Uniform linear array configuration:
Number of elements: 16
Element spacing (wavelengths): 0.5
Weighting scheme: cosine
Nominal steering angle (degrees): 60
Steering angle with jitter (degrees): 60.857
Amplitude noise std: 0.05
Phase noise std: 0.05

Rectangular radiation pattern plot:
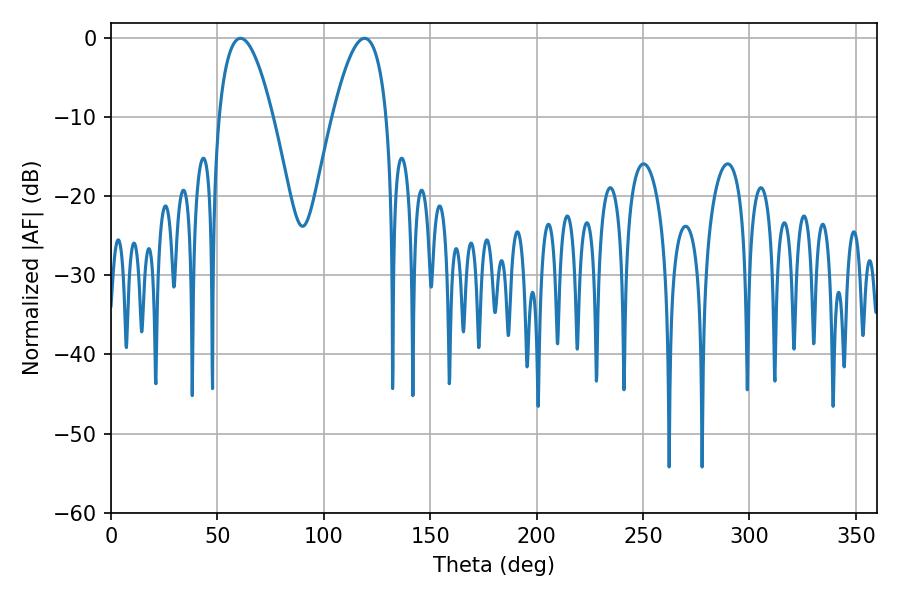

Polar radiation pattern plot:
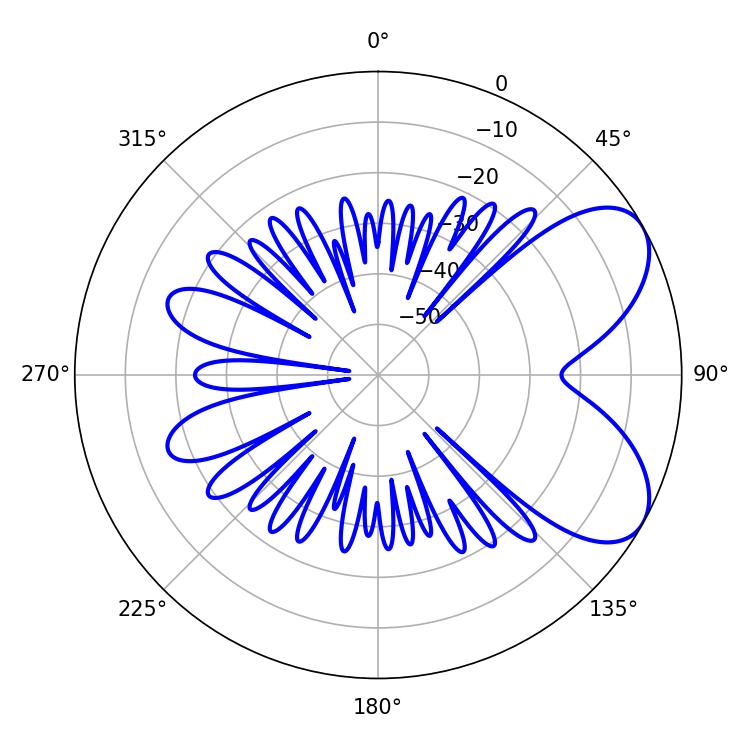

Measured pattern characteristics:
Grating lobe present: FALSE
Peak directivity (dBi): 6.439
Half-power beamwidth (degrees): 13.86
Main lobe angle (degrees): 60.84